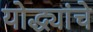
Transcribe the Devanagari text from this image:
योद्ध्यांचे